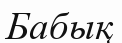
Бабық